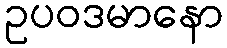
ဥပဝဒမာနော